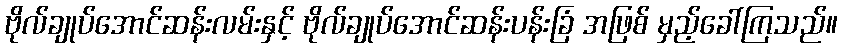
ဗိုလ်ချုပ်အောင်ဆန်းလမ်းနှင့် ဗိုလ်ချုပ်အောင်ဆန်းပန်းခြံ အဖြစ် မှည့်ခေါ်ကြသည်။